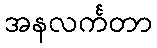
အနလင်္ကတာ